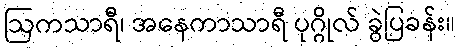
ဩကသာရီ၊ အနေကာသာရီ ပုဂ္ဂိုလ် ခွဲပြခန်း။